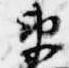
衛